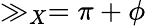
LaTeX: \gg_{X}=\pi+\phi